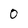
Character: 0